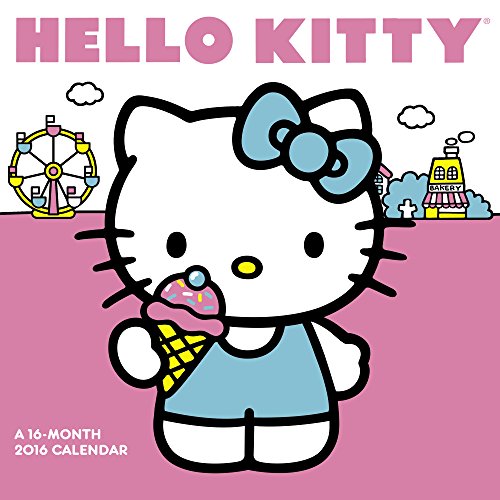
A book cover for Hello Kitty Wall Calendar (2016); Day Dream; Calendars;